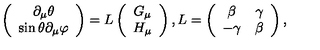
\left( \begin{array} { c } { \partial _ { \mu } \theta } \\ { \sin \theta \partial _ { \mu } \varphi } \\ \end{array} \right) = L \left( \begin{array} { c } { G _ { \mu } } \\ { H _ { \mu } } \\ \end{array} \right) , L = \left( \begin{array} { c c } { \beta } & { \gamma } \\ { - \gamma } & { \beta } \\ \end{array} \right) ,